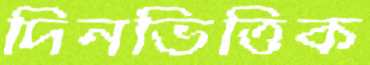
দিনভিত্তিক